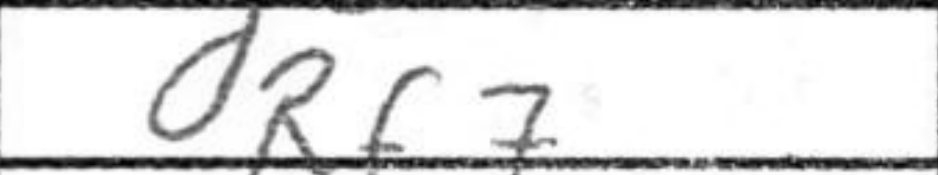
Transcription: Rf7